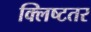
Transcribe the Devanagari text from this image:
क्लिष्टतर